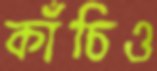
কাঁচিও